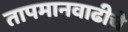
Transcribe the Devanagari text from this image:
तापमानवाढीचे